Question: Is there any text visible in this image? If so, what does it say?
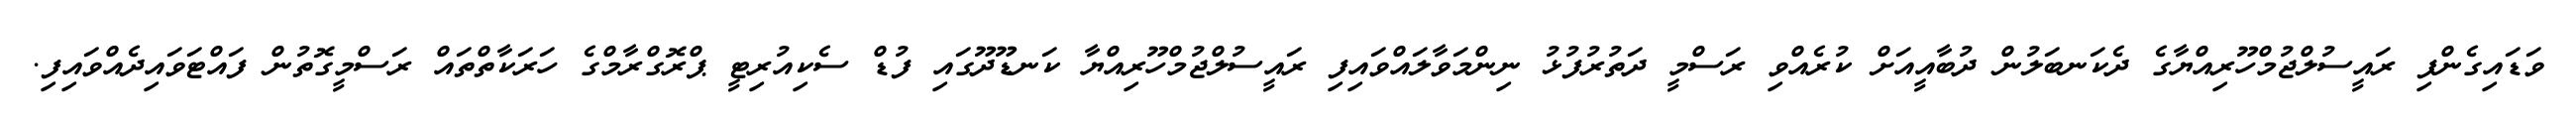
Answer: ވަޑައިގެންފި ރައީސުލްޖުމްހޫރިއްޔާގެ ދެކަނބަލުން ދުބާއީއަށް ކުރެއްވި ރަސްމީ ދަތުރުފުޅު ނިންމަވާލައްވައިފި ރައީސުލްޖުމްހޫރިއްޔާ ކަނޑޫދޫގައި ފުޑް ސެކިއުރިޓީ ޕްރޮގްރާމްގެ ހަރަކާތްތައް ރަސްމީގޮތުން ފައްޓަވައިދެއްވައިފި.